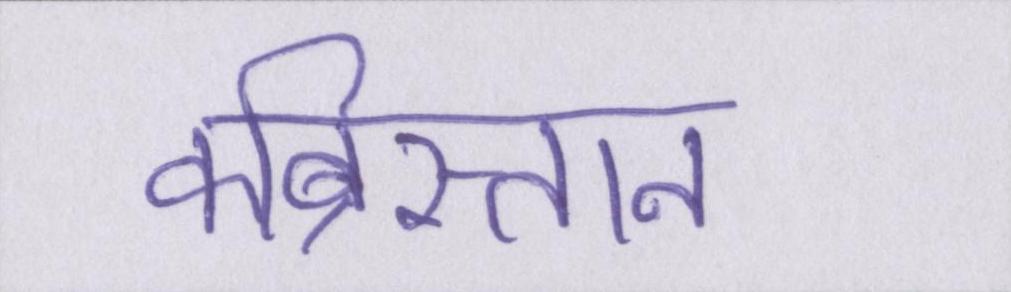
कब्रिस्तान